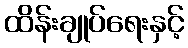
ထိန်းချုပ်ရေးနှင့်